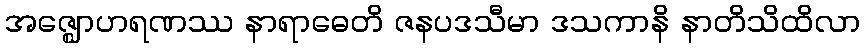
အဇ္ဈောဟရဏဿ နာရာဓေတိ ဇနပဒသီမာ ဒသကာနိ နာတိသိထိလာ